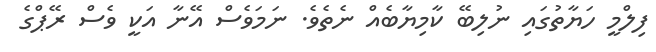
ފިލްމީ ހަޔާތުގައި ނުލިބޭ ކާމިޔާބެއް ނެތެވެ. ނަމަވެސް އޭނާ އަކީ ވެސް ރޭޕްގެ